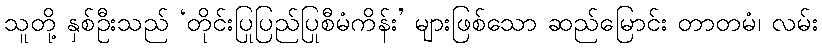
သူတို့ နှစ်ဦးသည် ‘တိုင်းပြုပြည်ပြုစီမံကိန်း’ များဖြစ်သော ဆည်မြောင်း တာတမံ၊ လမ်း